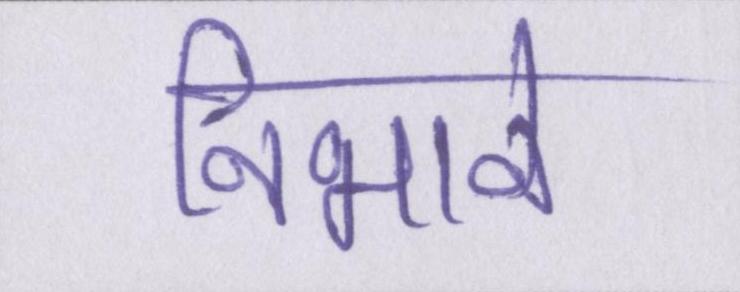
निभाने